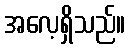
အလေ့ရှိသည်။